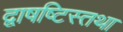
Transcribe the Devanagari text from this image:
द्वाषष्टिस्तथा